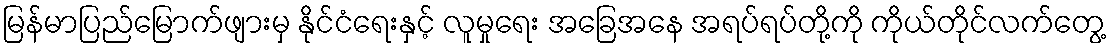
မြန်မာပြည်မြောက်ဖျားမှ နိုင်ငံရေးနှင့် လူမှုရေး အခြေအနေ အရပ်ရပ်တို့ကို ကိုယ်တိုင်လက်တွေ့